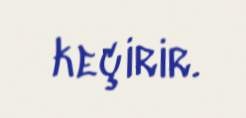
keçirir.